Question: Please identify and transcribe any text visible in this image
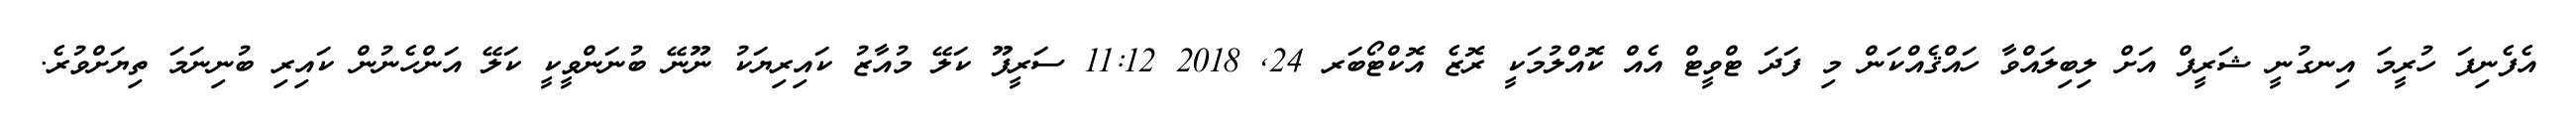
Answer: އެފެނިފަ ހުރީމަ އިނގުނީ ޝަރީފް އަށް ލިބިލައްވާ ހައްޤެއްކަން މި ފަދަ ޓްވީޓް އެއް ކޮއްލުމަކީ ރޮޒެ އޮކްޓޯބަރ 24, 2018 11:12 ސަރީފޫ ކަލޭ މުއާޒު ކައިރިޔަކު ނޫނޭ ބުނަންވީކީ ކަލޭ އަންހެނުން ކައިރި ބުނިނަމަ ތިޔަށްވުރެ.